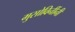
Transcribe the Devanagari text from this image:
मुसोविनींनी